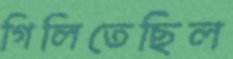
গিলিতেছিল